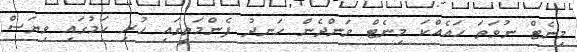
މިނެޓް ނުވަތަ ހައެއްކަ މިނެޓް ވަންދެން ހަނދު ފެންމަތީގައި ހުރި ކަމުގައި ވިޔަސް